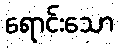
ရောင်းသော